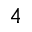
4